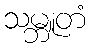
သမ္ဘူတံ